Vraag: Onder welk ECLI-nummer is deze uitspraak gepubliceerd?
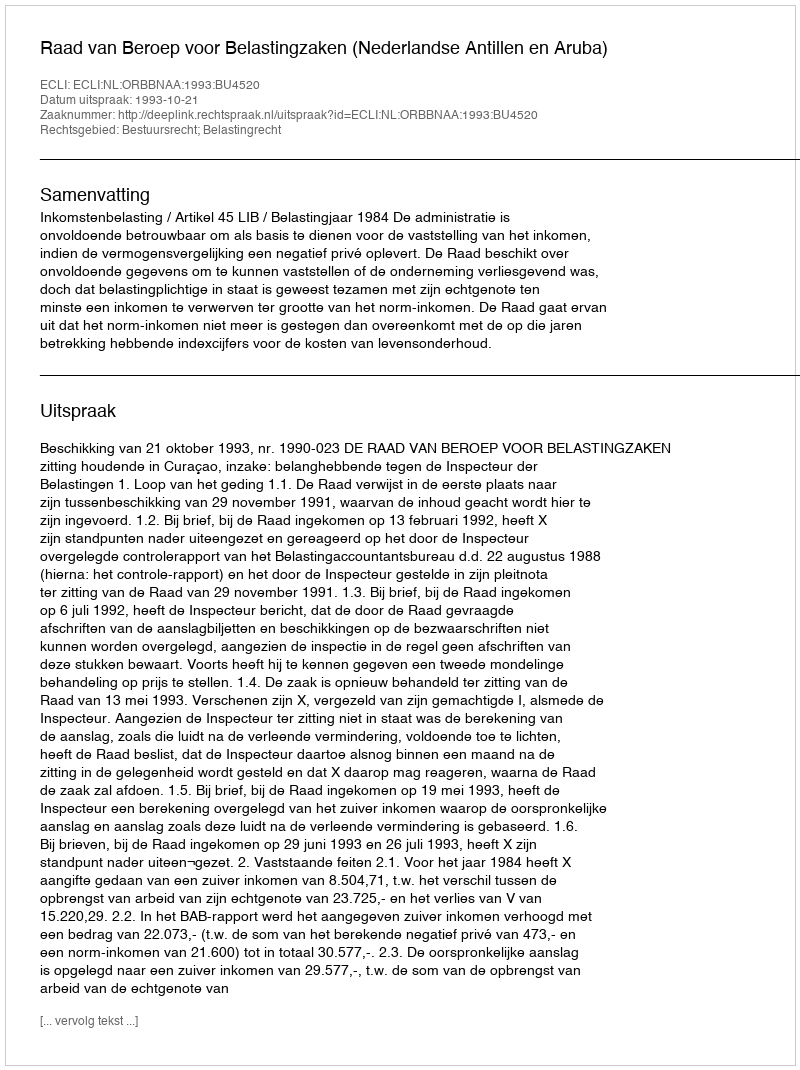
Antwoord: ECLI:NL:ORBBNAA:1993:BU4520